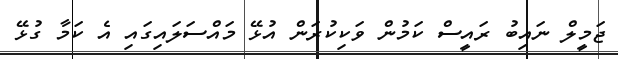
ޖަމީލް ނައިބު ރައީސް ކަމުން ވަކިކުރަން އުޅޭ މައްސަލައިގައި އެ ކަމާ ގުޅޭ